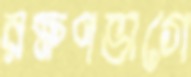
রক্ষণভাগে